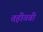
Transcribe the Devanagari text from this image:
तहीतवी